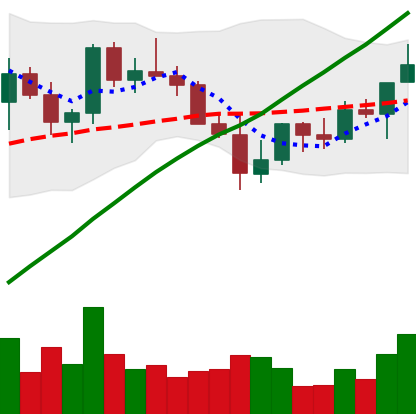
Ticker: LINK-USD
Chart end date: 2021-04-01
Forward return: 15.098%
Label: up_7plus